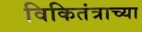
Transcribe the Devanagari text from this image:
विकितंत्राच्या